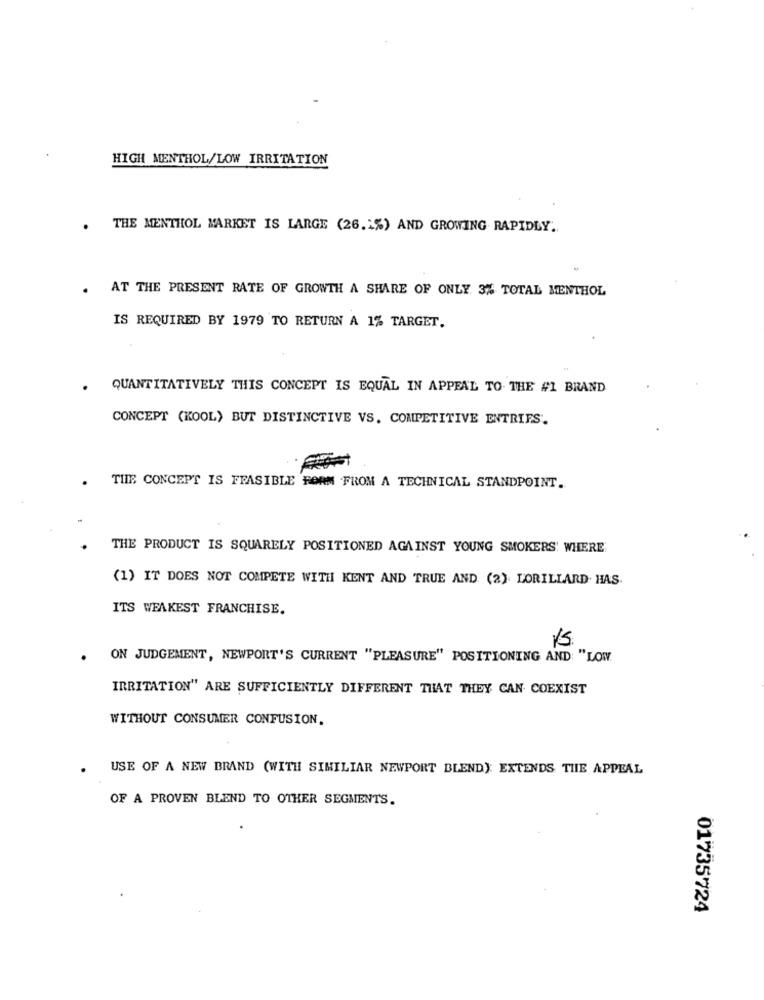
HIGH MENTHOL/LOW IRRITATION
. THE MENTHOL MARKET IS LARGE (26.1%) AND GROWING RAPIDLY ..
. AT THE PRESENT RATE OF GROWTH A SHARE OF ONLY 3% TOTAL MENTHOL
IS REQUIRED BY 1979 TO RETURN A 1% TARGET.
. QUANTITATIVELY THIS CONCEPT IS EQUAL IN APPEAL TO THE #1 BRAND
CONCEPT (KOOL) BUT DISTINCTIVE VS. COMPETITIVE ENTRIES.
THE CONCEPT IS FEASIBLE FORM FROM A TECHNICAL STANDPOINT.
THE PRODUCT IS SQUARELY POSITIONED AGAINST YOUNG SMOKERS: WHERE
(1) IT DOES NOT COMPETE WITH KENT AND TRUE AND (2) LORILLARD HAS.
ITS WEAKEST FRANCHISE.
ON JUDGEMENT, NEWPORT'S CURRENT "PLEASURE" POSITIONING AND: "LOW.
IRRITATION" ARE SUFFICIENTLY DIFFERENT THAT THEY CAN COEXIST
WITHOUT CONSUMER CONFUSION.
USE OF A NEW BRAND (WITH SIMILIAR NEWPORT BLEND): EXTENDS THE APPEAL
OF A PROVEN BLEND TO OTHER SEGMENTS.
01735724